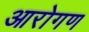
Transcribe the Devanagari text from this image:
आरोगण